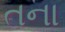
તના